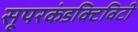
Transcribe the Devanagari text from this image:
सूपरकंडक्टिविटी